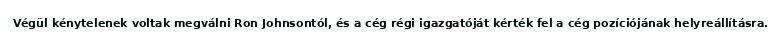
Végül kénytelenek voltak megválni Ron Johnsontól, és a cég régi igazgatóját kérték fel a cég pozíciójának helyreállításra.